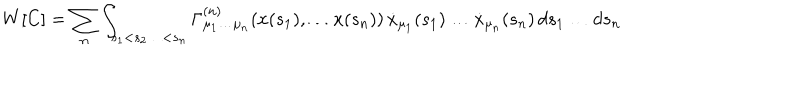
W [ C ] = \sum _ { n } \int _ { s _ { 1 } < s _ { 2 } \ldots < s _ { n } } \Gamma _ { \mu _ { 1 } \ldots \mu _ { n } } ^ { ( n ) } ( x ( s _ { 1 } ) , \ldots x ( s _ { n } ) ) \, \dot { x } _ { \mu _ { 1 } } ( s _ { 1 } ) \ldots \dot { x } _ { \mu _ { n } } ( s _ { n } ) \, d s _ { 1 } \ldots d s _ { n }